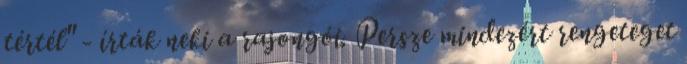
tértél" - írták neki a rajongói. Persze mindezért rengeteget